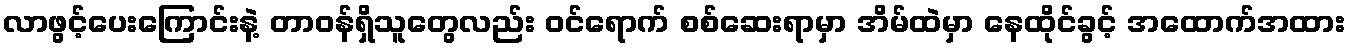
လာဖွင့်ပေးကြောင်းနဲ့ တာဝန်ရှိသူတွေလည်း ဝင်ရောက် စစ်ဆေးရာမှာ အိမ်ထဲမှာ နေထိုင်ခွင့် အထောက်အထား